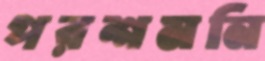
পরশমনি